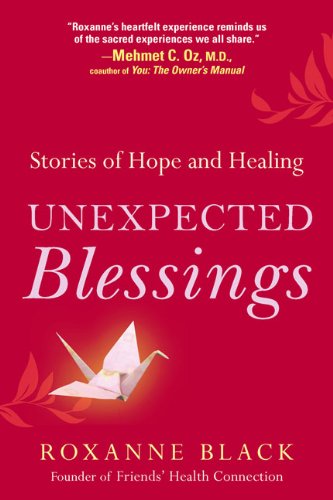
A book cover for Unexpected Blessings: Stories of Hope and Healing; Roxanne Black; Health, Fitness & Dieting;